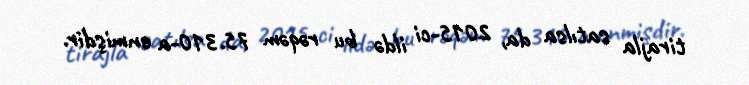
tirajla satılsa da, 2015-ci ildə bu rəqəm 75.310-a enmişdir.